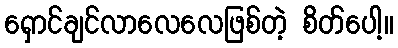
ရှောင်ချင်လာလေလေဖြစ်တဲ့ စိတ်ပေါ့။